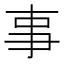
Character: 事